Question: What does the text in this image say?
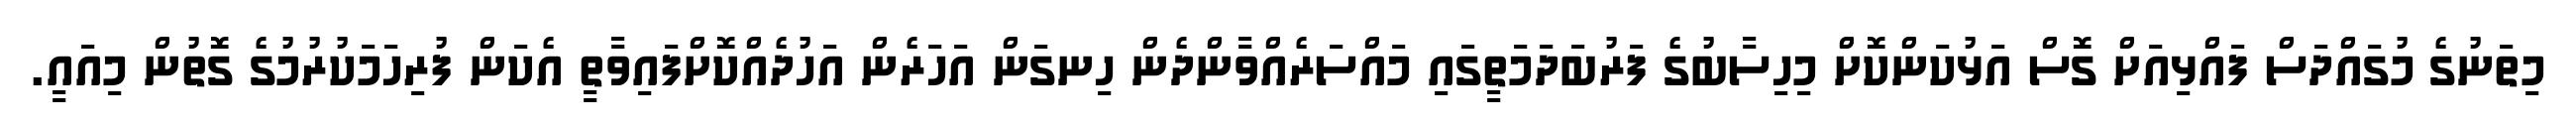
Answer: މިތަނުގެ މުގައްދަސް ފައްޅިއަށް ގޮސް އަޅުކަންކޮށް މިހިސާބުގެ ފަރުބަދަމަތީގައި މައްސަރެއްވާންދެން ހިނގަން އަހަރެން އަހުދެއްކޮށްފައިވާތީ އެކަން ފުރިހަމަކުރުމުގެ ގޮތުން މިއައީ.